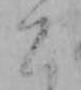
こ